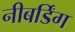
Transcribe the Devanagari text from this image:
नीबर्डिंग